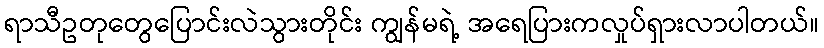
ရာသီဥတုတွေပြောင်းလဲသွားတိုင်း ကျွန်မရဲ့ အရေပြားကလှုပ်ရှားလာပါတယ်။